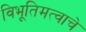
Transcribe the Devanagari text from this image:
विभूतिमत्वाचे